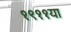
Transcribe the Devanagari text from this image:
१९११या